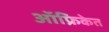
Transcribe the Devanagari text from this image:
ऑफ्रिकेत